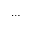
\ldots